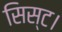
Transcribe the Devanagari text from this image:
सिस्ट।